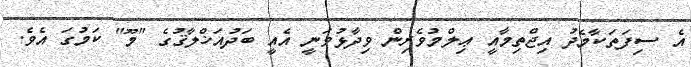
އެ ސިފަތަކާމެދު އިޖްތިމާއީ ޢިލްމުވެރިން ވިދާޅުވަނީ އެއީ ބަދުއަޚްލާޤުގެ "މޫ" ކަމުގަ އެވެ.